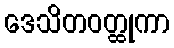
ဒေသိတဝတ္ထုကာ